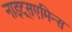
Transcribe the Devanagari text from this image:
नाइट्रसएमिन्स